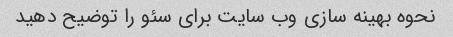
نحوه بهینه سازی وب سایت برای سئو را توضیح دهید